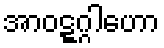
အာဝဋ္ဋဂ္ဂါဟော